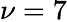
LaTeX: \nu=7